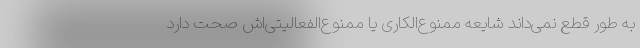
به طور قطع نمی‌داند شایعه ممنوع‌الکاری یا ممنوع‌الفعالیتی‌اش صحت دارد